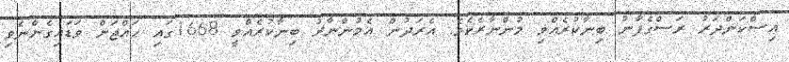
އިސްކަންދަރު ރަސްގެފާނު ބިނާކުރެއްވި މުންނާރެކެވެ. އެރަދުން އެމުންނާރު ބިނާކުރެއްވީ 1668ގައި ހައްޖަށް ވަޑައިގެންނެވި